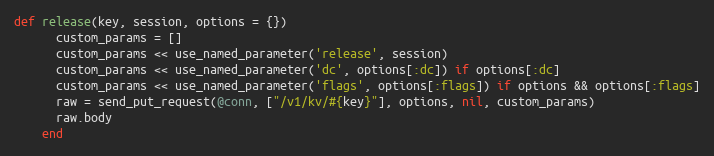
Language: Ruby
def release(key, session, options = {})
      custom_params = []
      custom_params << use_named_parameter('release', session)
      custom_params << use_named_parameter('dc', options[:dc]) if options[:dc]
      custom_params << use_named_parameter('flags', options[:flags]) if options && options[:flags]
      raw = send_put_request(@conn, ["/v1/kv/#{key}"], options, nil, custom_params)
      raw.body
    end